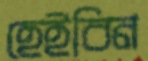
হেইবিন